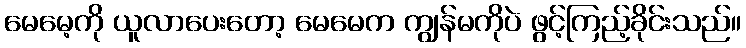
မေမေ့ကို ယူလာပေးတော့ မေမေက ကျွန်မကိုပဲ ဖွင့်ကြည့်ခိုင်းသည်။